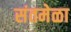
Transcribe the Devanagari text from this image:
संतमेळा